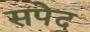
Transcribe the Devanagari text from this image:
सपेद